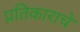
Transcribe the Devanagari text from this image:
प्रतिकाराचे